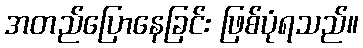
အတည်ပြောနေခြင်း ဖြစ်ပုံရသည်။